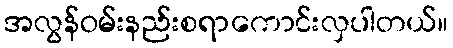
အလွန်ဝမ်းနည်းစရာကောင်းလှပါတယ်။